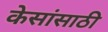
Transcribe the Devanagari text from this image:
केसांसाठी